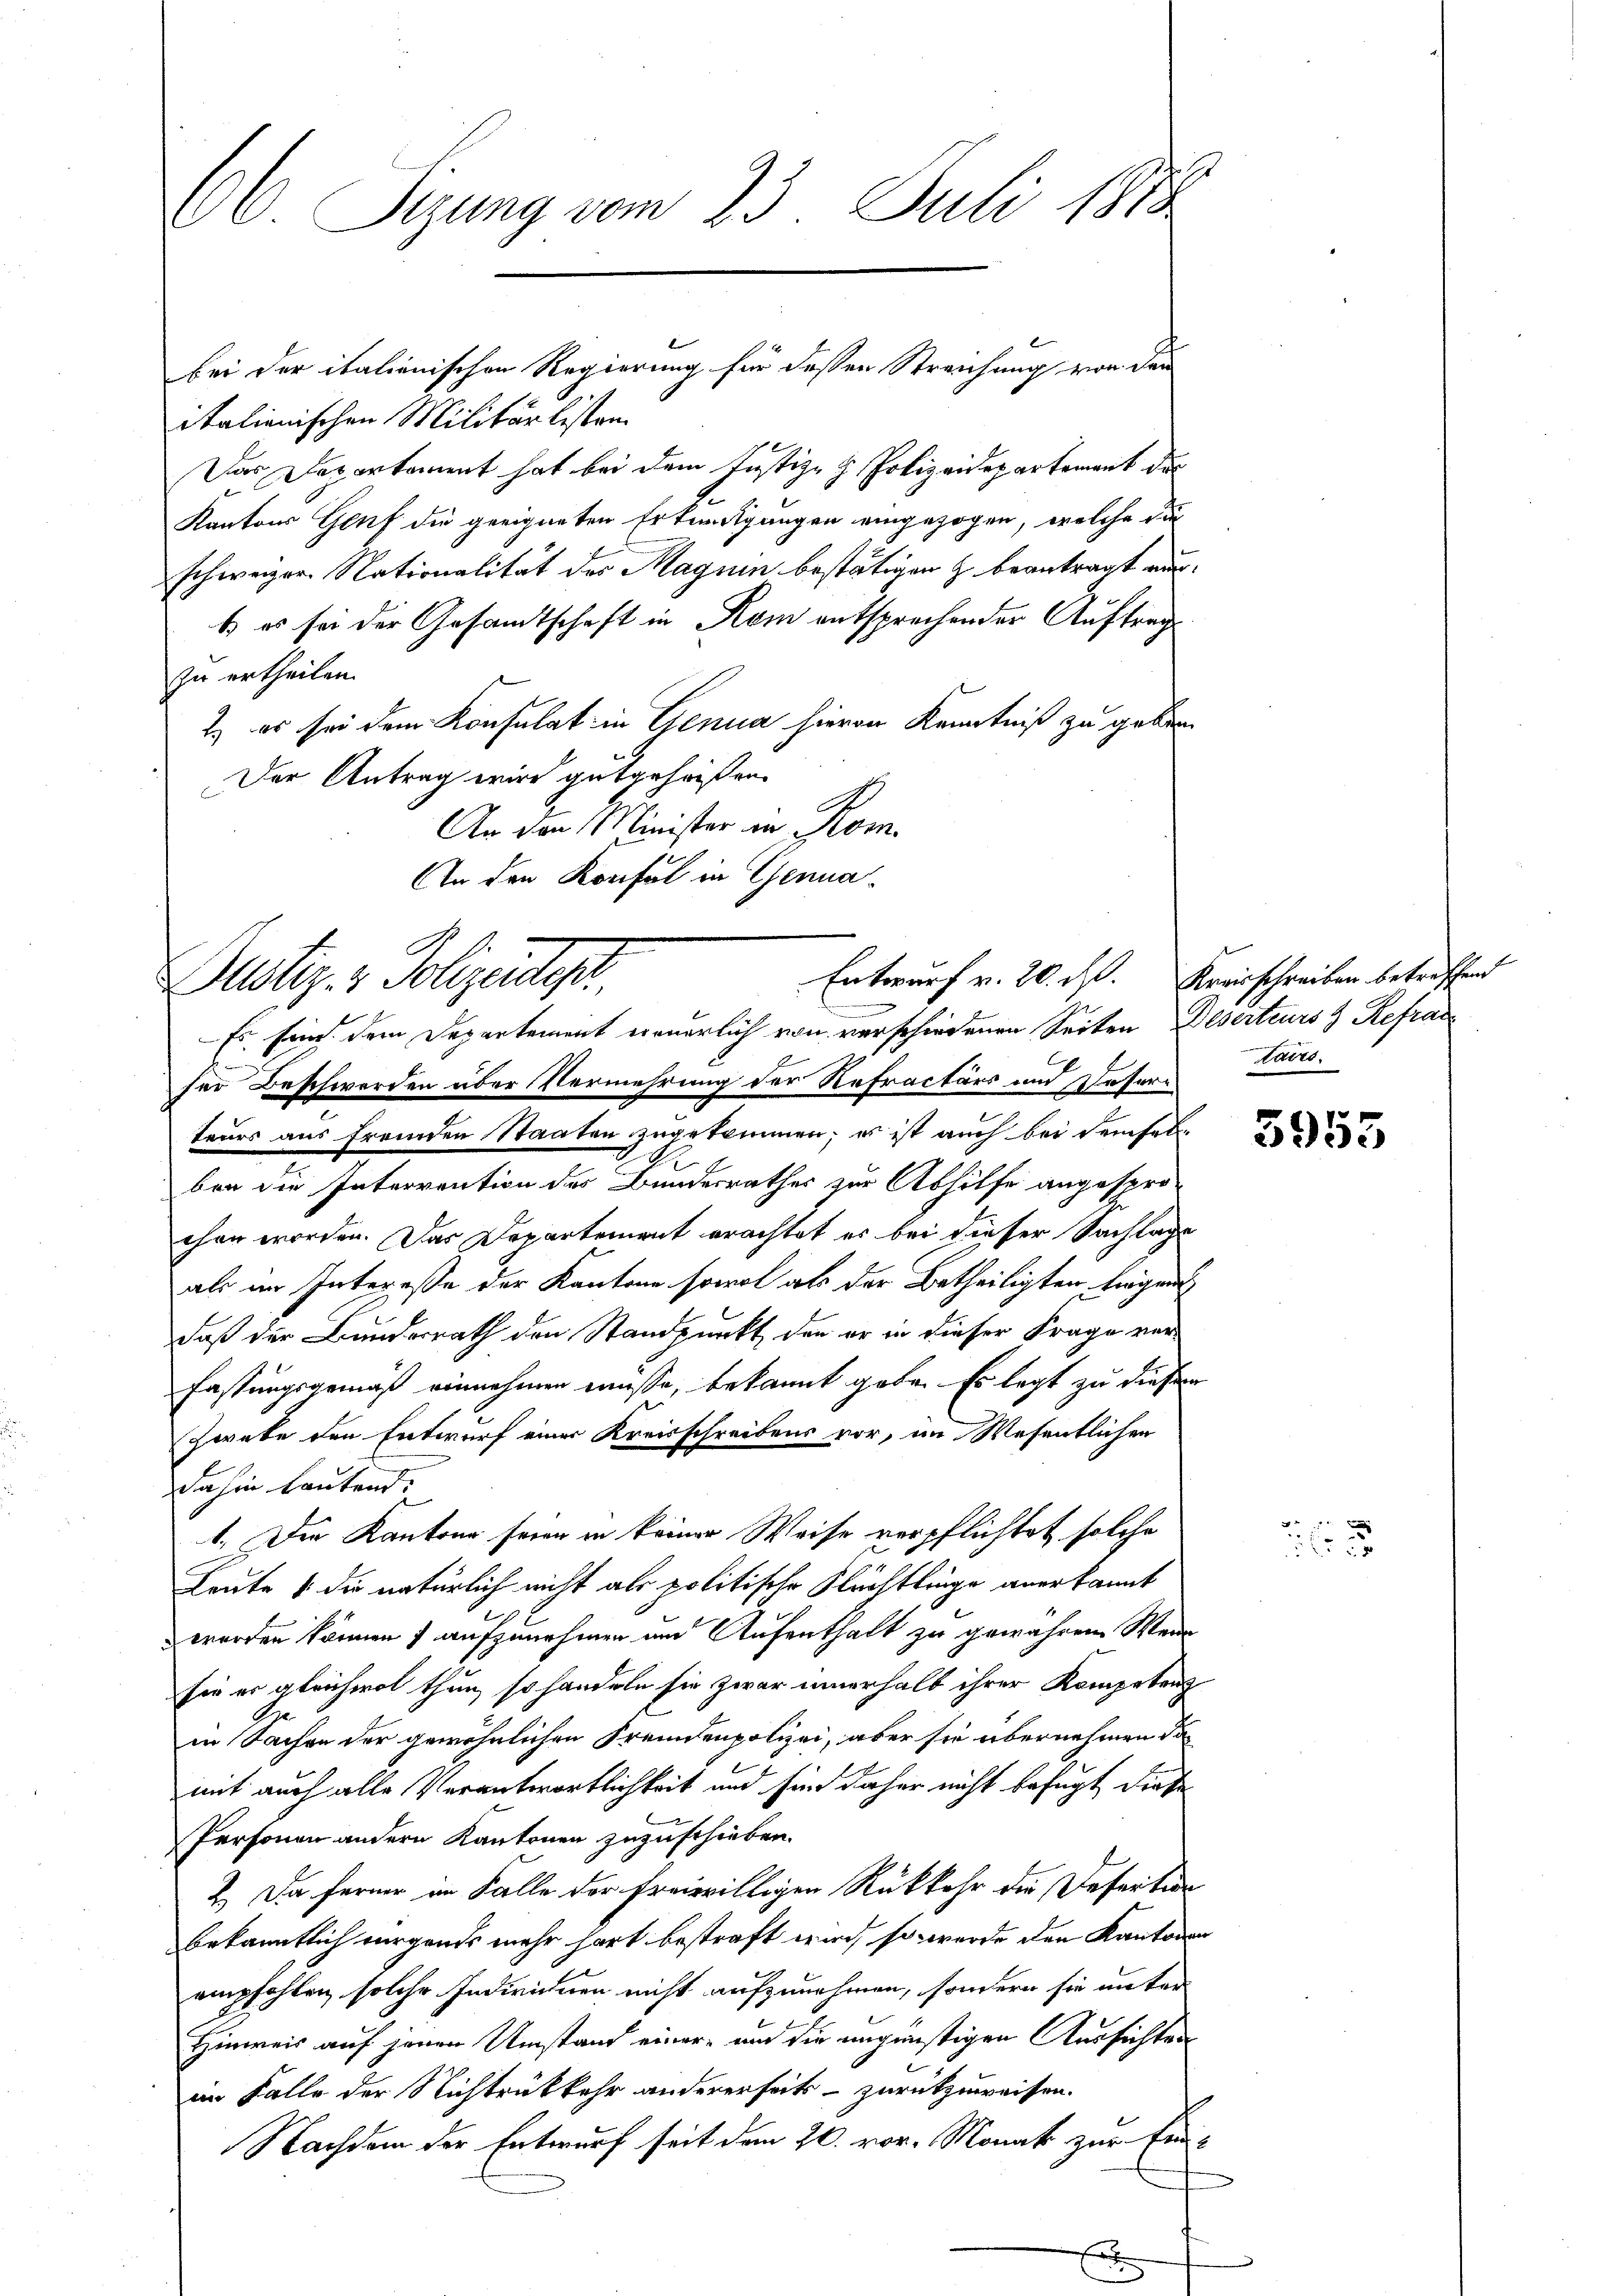
66 Sizung vom 23. Juli 1888

italienischen Militärlisten
Das Departement hat bei dem Justiz- & Polizeidepartement das
Kantons Genf die geeigneten Erkendigungen eingezogen, welche dur
schweizer. Nationalität des Magnin bestätigen & beantragt wurb es sei der Gesamtschaft in Rom entsprechender Auftrag
zu ertheilen.
2) es sei dem Konsulat in Genua hievon Kenntniß zu geben.
Der Antrag wird gutgeheißen.
An den Minister in Rom.
An den Konsul in Genua¬
A

bei der italienischen Regierung für dessen Streichung von den

Entwurf v. 20. ds. Kreisschreiben betreffend
Dustiz- & Polizeide.
Es fein dem Departement einerlich von verschiedenen Seiten Deserteurs & Refrau

ser Beschwerden über Vermehrung der Refractärs und Desern
teurs aus fremden Staaten zugekommen; es ist auch bei demselben die Interrention des Bundesrathes zur Abhilfe angespro-
chen worden. Das Departement erachtet er bei dieser Sachlage
als im Interesse der Kantone sowol als der Betheiligten liegen
daß der Bundesrath den Standpunkt den er in dieser Frage ver¬
Fastungsgemäß einnehmen müsse, bekannt gebe. Es legt zu diesem
Zweke den Entwurf einer Kreisschreibens vor, im Wesentlichen
dahin lautend.
1. Der Kantons seien in keiner Weise verpflichtet solche
Leute & die natürlich nicht als politische Flüchtlinge anerkannt
worden können 7 aufzunehmen und Aufenthalt zu gewähren. Wenn
sie er gleichwol thun, so handeln sie zwar innerhalb ihrer Kompetenz
in Sachen der gewöhnlichen Fremdenpolizei, aber sie übernehmen das
mit auch alle Verantwortlichkeit und sind daher nicht befugt diese
Personen andern Kantonen zuzuschieben.
2.) Da ferner im Falle der freiwilligen Rückkehr die Defertion
bekanntlich bürgends mehr hart bestraft wird, so wurde den Kantonen
empfohlen, solche Individuen nicht aufzunehmen, sondern sie unter
Hinweis auf jenen Umstand einer und die ungünstigen Aussichten
im Falle der Nichtrückkehr andererseits - zurückzuweisen.
Nachdem der Entwurf seit dem 20. vor. Monat zur Ein¬

tairs

3955